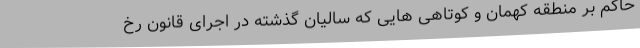
حاکم بر منطقه کهمان و کوتاهی هایی که سالیان گذشته در اجرای قانون رخ